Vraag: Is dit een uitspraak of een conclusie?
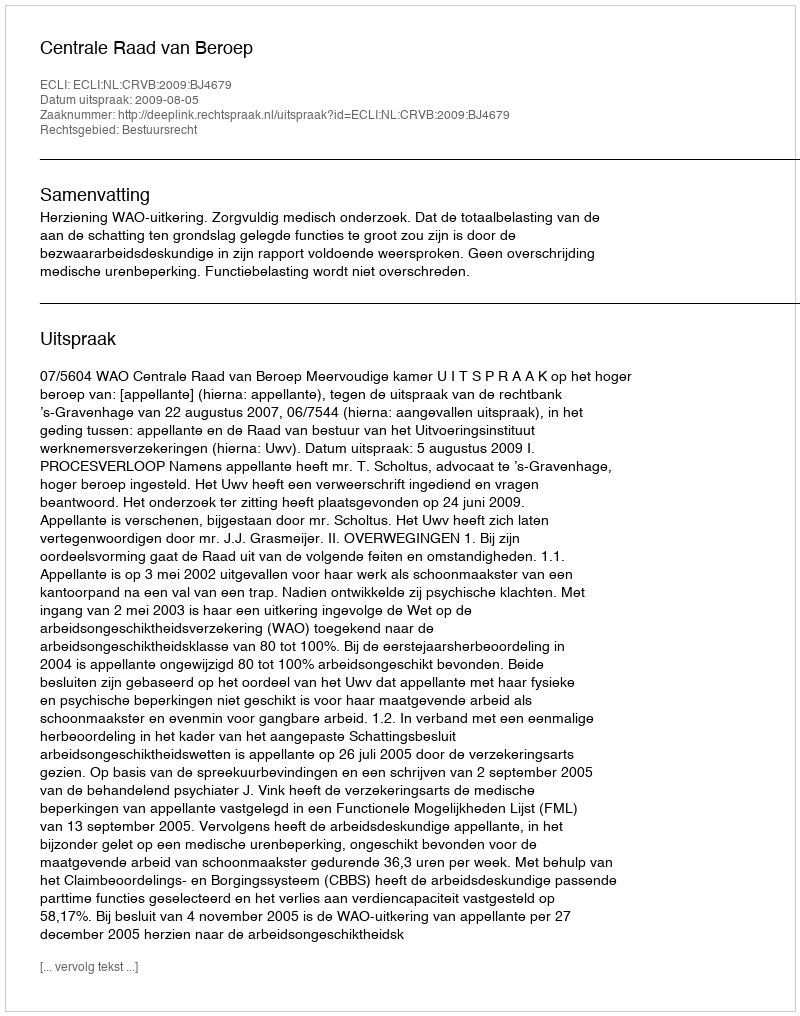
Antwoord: Uitspraak